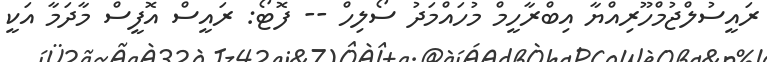
ރައީސުލްޖުމްހޫރިއްޔާ އިބްރާހީމް މުހައްމަދު ސޯލިހް -- ފޮޓޯ: ރައީސް އޮފީސް މާދަމާ އަކީ